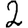
Digit: 2